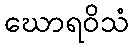
ဃောရဝိသံ